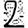
Digit: 2